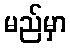
မည်မှာ